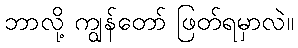
ဘာလို့ ကျွန်တော် ဖြတ်ရမှာလဲ။